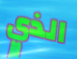
الذي